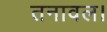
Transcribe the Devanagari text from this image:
तनावल।